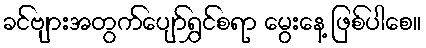
ခင်ဗျားအတွက်ပျော်ရွှင်စရာ မွေးနေ့ ဖြစ်ပါစေ။